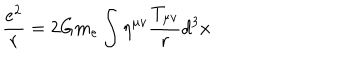
LaTeX: \frac { e ^ { 2 } } { r } = 2 G m _ { e } \int \eta ^ { \mu v } \frac { T _ { \mu v } } { r } d ^ { 3 } x